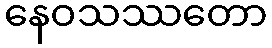
နေဝသဿတော